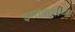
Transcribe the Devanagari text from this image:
इसाफ्गाईटस